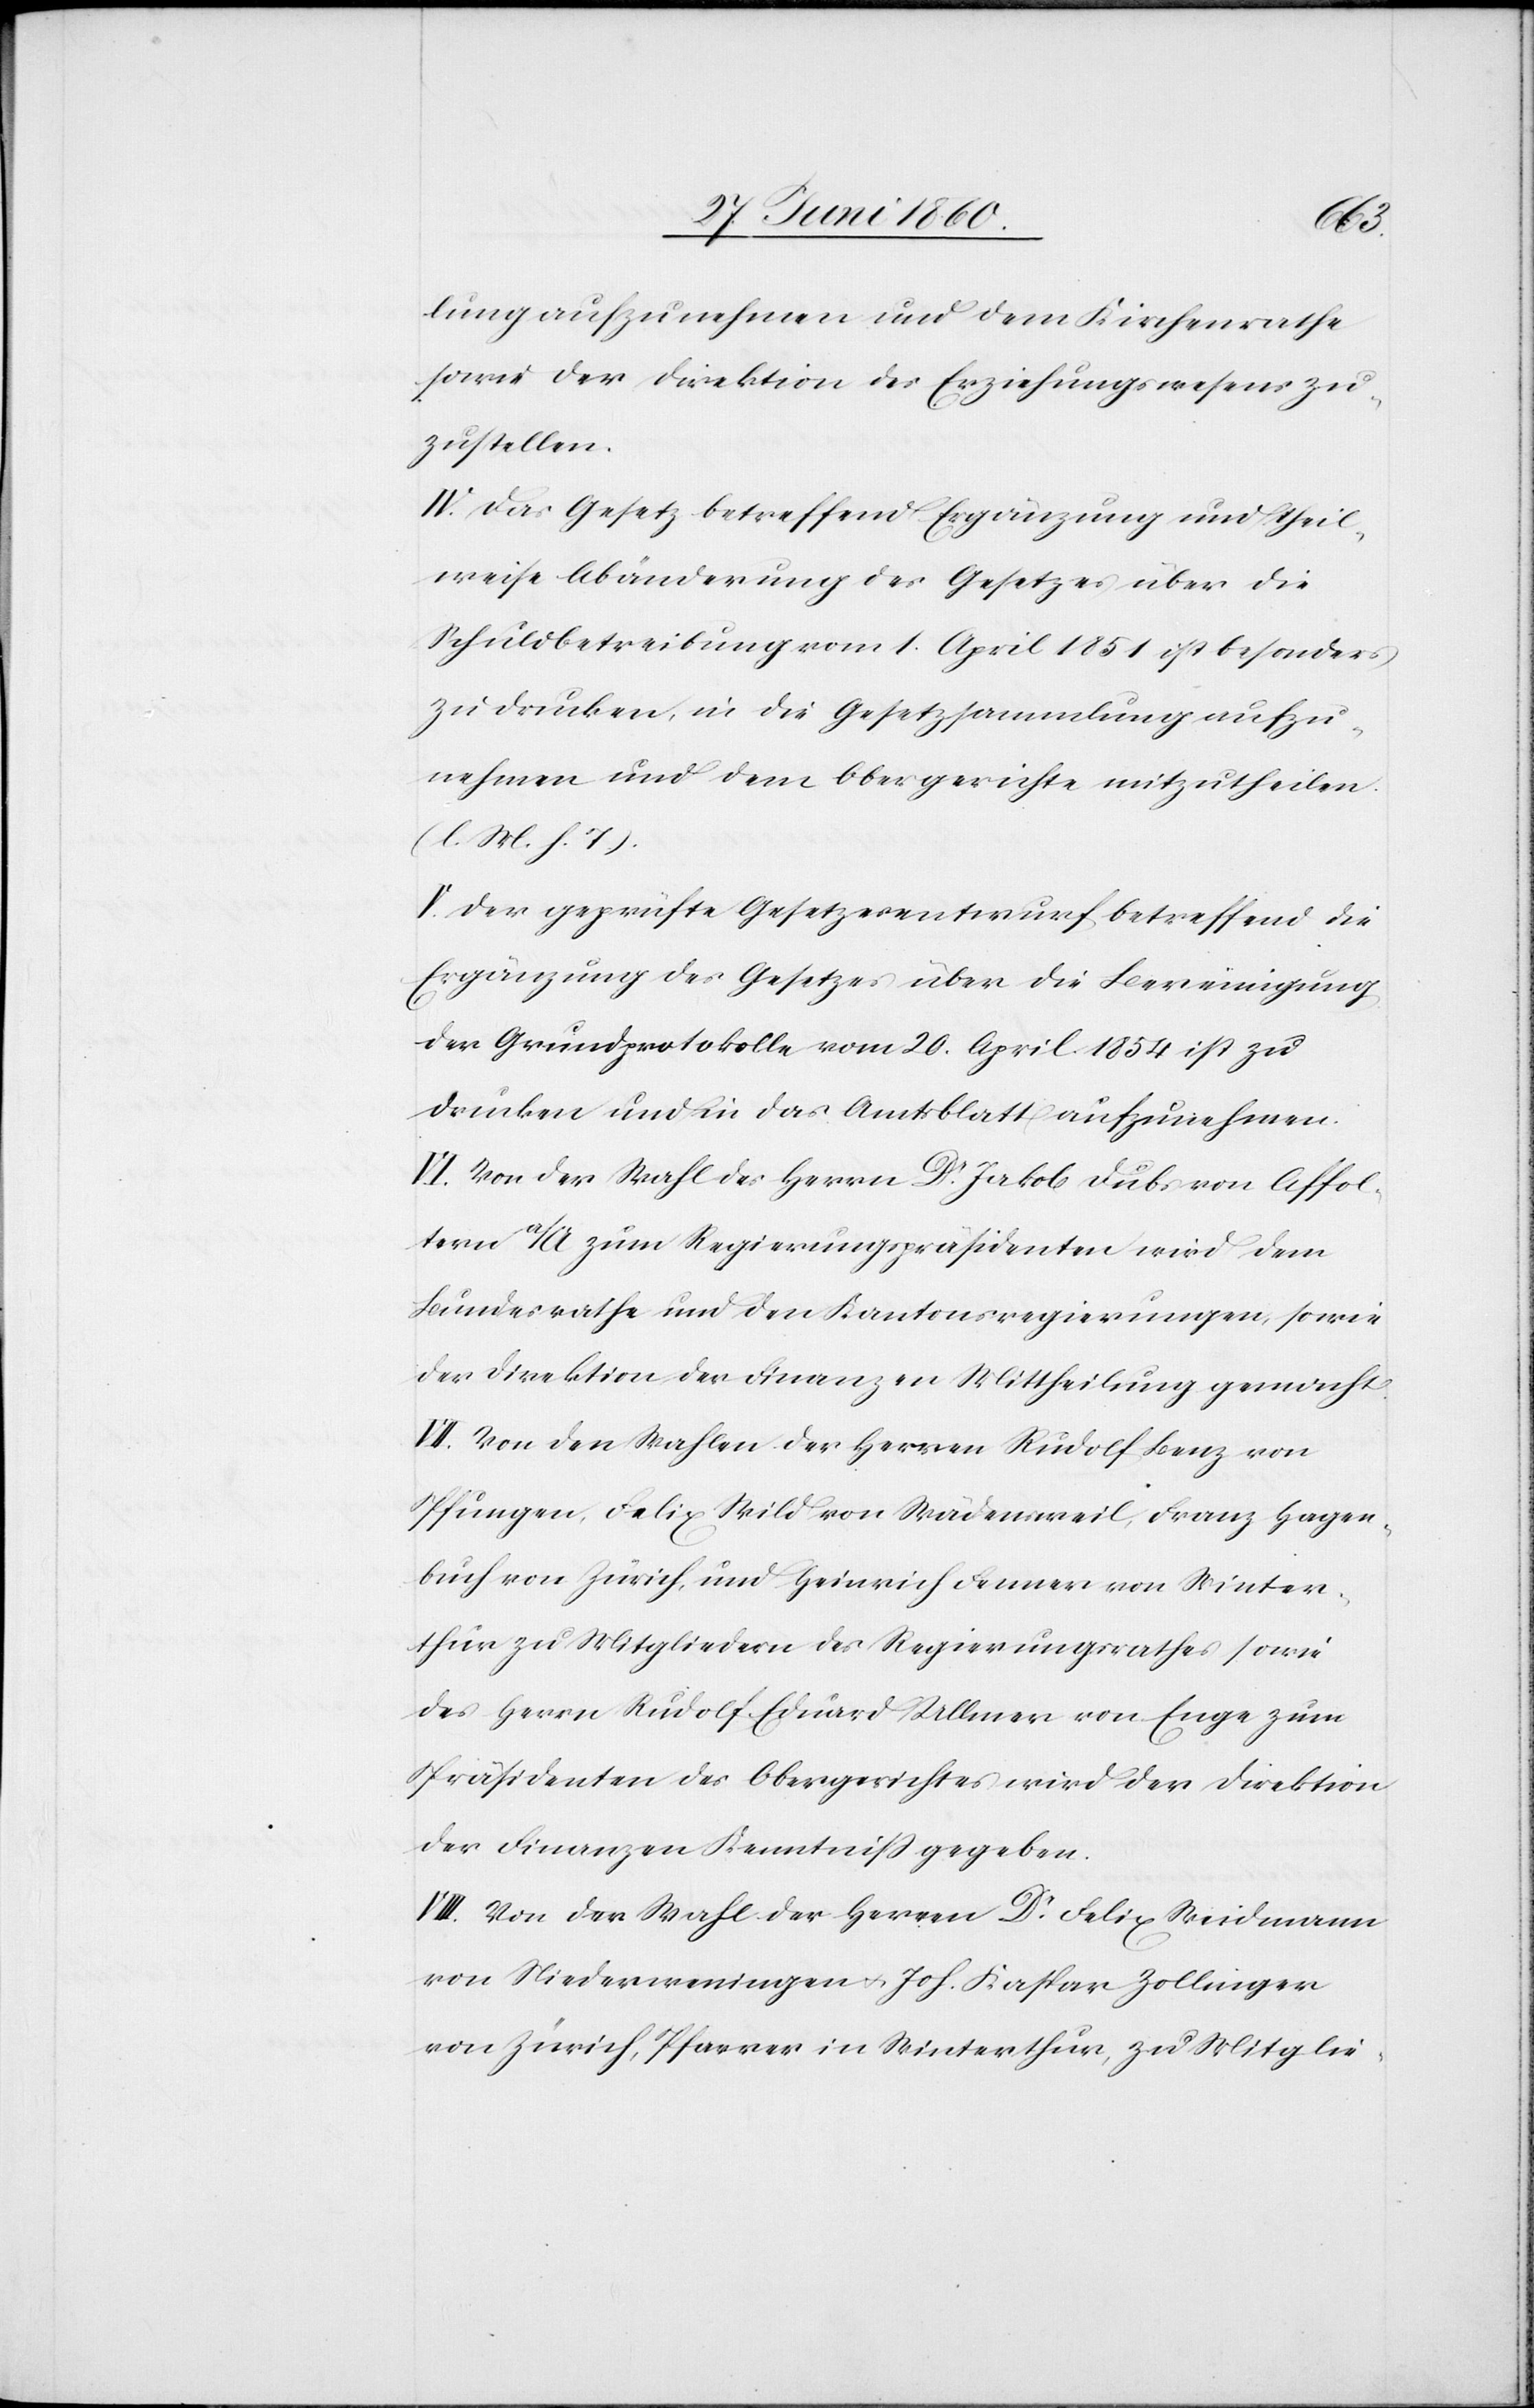
lung aufzunehmen und dem Kirchenrathe
sowie der Direktion des Erziehungswesens zu¬
zustellen.
IV. Das Gesetz betreffend Ergänzung und theil¬
weise Abänderung des Gesetzes über die
Schuldbetreibung vom 1. April 1851 ist besonders
zu drucken, in die Gesetzsammlung aufzu¬
nehmen und dem Obergerichte mitzutheilen.
(l. M. h. T.).
V. Der geprüfte Gesetzesentwurf betreffend die
Ergänzung des Gesetzes über die Bereinigung
der Grundprotokolle vom 20. April 1854 ist zu
drucken und in das Amtsblatt aufzunehmen.
VI. Von der Wahl des Herrn Dr Jakob Dubs von Affol¬
tern a/A zum Regierungspräsidenten wird dem
Bundesrathe und den Kantonsregierungen, sowie
der Direktion der Finanzen Mittheilung gemacht.
VII. Von den Wahlen der Herren Rudolf Benz von
Pfungen, Felix Wild von Wädensweil, Franz Hagen¬
buch von Zürich, und Heinrich Fenner von Winter¬
thur zu Mitgliedern des Regierungsrathes sowie
des Herrn Rudolf Eduard Ullmer von Enge zum
Präsidenten des Obergerichtes wird der Direktion
der Finanzen Kenntniss gegeben.
VIII. Von der Wahl der Herren Dr Felix Weidmann
von Niederweningen u. Joh. Kaspar Zollinger
von Zürich, Pfarrer in Winterthur, zu Mitglie-